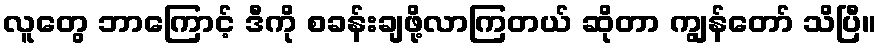
လူတွေ ဘာကြောင့် ဒီကို စခန်းချဖို့လာကြတယ် ဆိုတာ ကျွန်တော် သိပြီ။